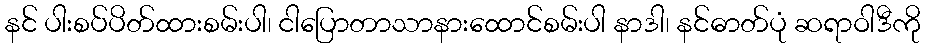
နင် ပါးစပ်ပိတ်ထားစမ်းပါ၊ ငါပြောတာသာနားထောင်စမ်းပါ နာဒါ၊ နင်ဓာတ်ပုံ ဆရာဝါဒီကို